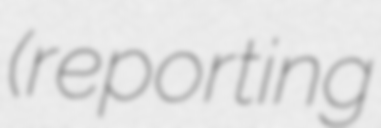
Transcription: (reporting